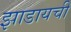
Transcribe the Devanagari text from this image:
झाडायची